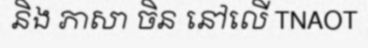
និង ភាសា ចិន នៅលើ TNAOT